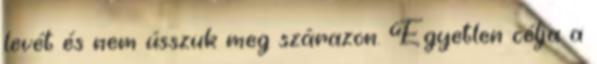
levét és nem ússzuk meg szárazon. Egyetlen célja a